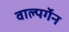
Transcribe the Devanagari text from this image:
वाल्पर्गेन